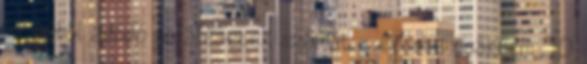
az ebből adódó halálesetek számát - évente csaknem 50